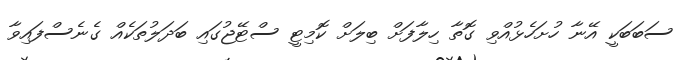
ސަބަބަކީ އޭނާ ހުށަހެޅުއްވި ގޮތާ ހިލާފަށް ބިލަށް ކޮމިޓީ ސްޓޭޖުގައި ބަދަލުތަކެއް ގެނެސްފައިވާ